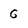
Character: G